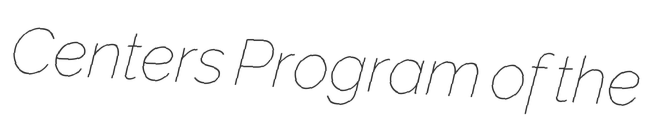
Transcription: Centers Program of the